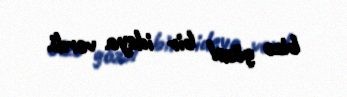
bizə gözəl bir ideya verdi.